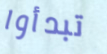
تبدأوا